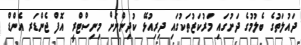
ދައުލަތުގެ ބެލުމުގެ ދަށުގައި މަރުކަޒުތަކުގައި ދިރިއުޅޭ ކުދިންނަށް މިނިސްޓްރީ އޮފް ޖެންޑަރ އެންޑް